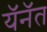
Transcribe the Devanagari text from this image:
यॅनॅत